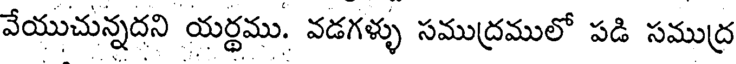
వేయుచున్నదని యర్థము. వడగళ్ళు సముద్రములో పడి సముద్ర